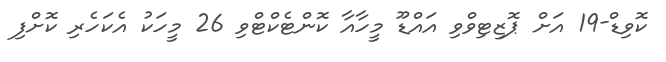
ކޮވިޑް-19 އަށް ޕޮޒިޓިވްވި އައްޑޫ މީހާއާ ކޮންޓެކްޓްވި 26 މީހަކު އެކަހެރި ކޮށްފި